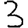
Digit: 3